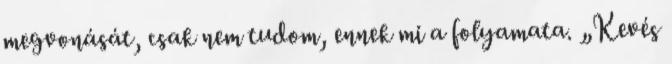
megvonását, csak nem tudom, ennek mi a folyamata. „Kevés